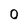
Character: 0